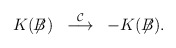
\begin{align*}K(\not{\!\!B}) \; \; \stackrel{{\cal C}}{\longrightarrow} \; \;- K(\not{\!\!B}).\end{align*}